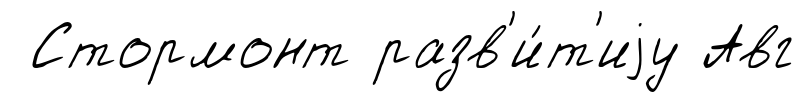
Стормонт разв'и́т'иjу Авг